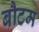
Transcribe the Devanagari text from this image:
बौटम